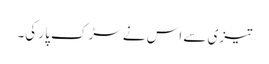
تیزی سے اس نے سڑک پار کی۔